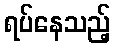
ရပ်နေသည့်